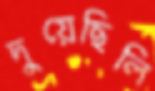
দুয়েছিলি